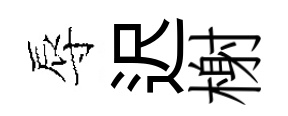
辱迟榭